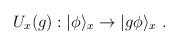
LaTeX: \begin{align*}U_x(g):|\phi\rangle_x\to |g\phi\rangle_x~.\end{align*}